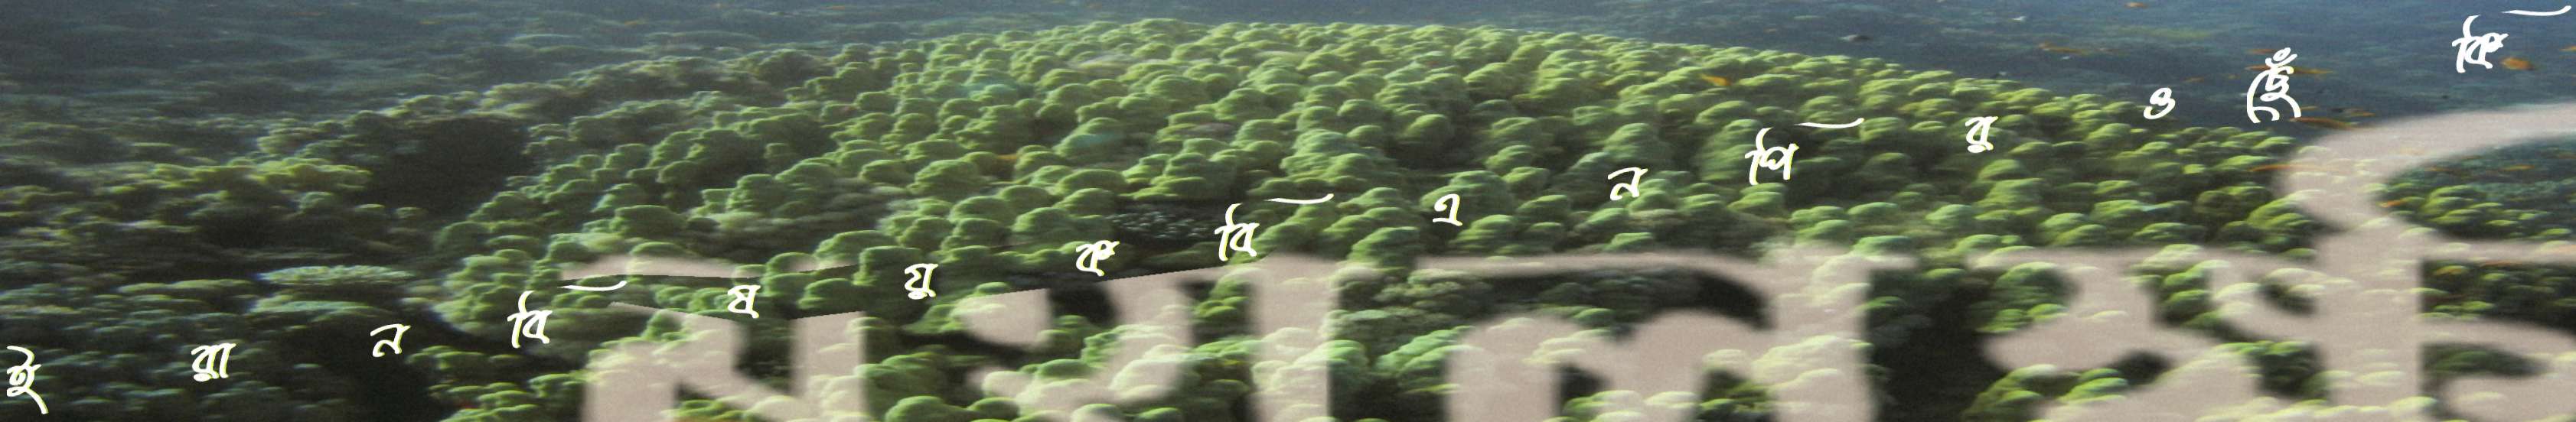
ইরানবিষয়কবিএনপিরওছেঁকি